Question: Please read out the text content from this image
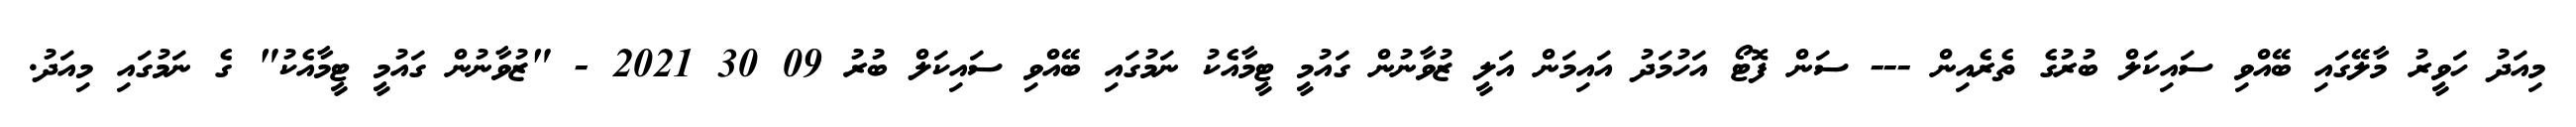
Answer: މިއަދު ހަވީރު މާލޭގައި ބޭއްވި ސައިކަލް ބުރުގެ ތެރެއިން --- ސަން ފޮޓޯ އަހުމަދު އައިމަން އަލީ ޒުވާނުން ގައުމީ ޓީމާއެކު ނަމުގައި ބޭއްވި ސައިކަލް ބުރު 09 30 2021 - "ޒުވާނުން ގައުމީ ޓީމާއެކު" ގެ ނަމުގައި މިއަދު.